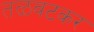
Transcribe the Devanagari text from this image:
तळवटकर